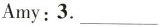
Amy;3.___